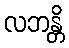
လဘန္တိ